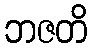
ဘဇတိ